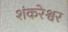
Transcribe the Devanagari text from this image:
शंकरेश्वर